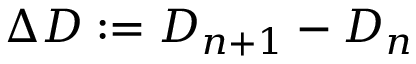
\Delta D : = D _ { n + 1 } - D _ { n }